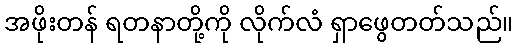
အဖိုးတန် ရတနာတို့ကို လိုက်လံ ရှာဖွေတတ်သည်။